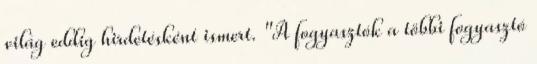
világ eddig hirdetésként ismert. "A fogyasztók a többi fogyasztó